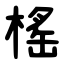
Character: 榣